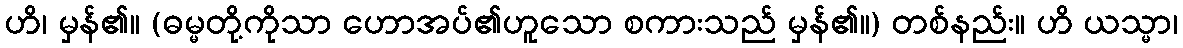
ဟိ၊ မှန်၏။ (ဓမ္မတို့ကိုသာ ဟောအပ်၏ဟူသော စကားသည် မှန်၏။) တစ်နည်း။ ဟိ ယသ္မာ၊